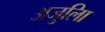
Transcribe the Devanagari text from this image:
अजुलिा